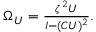
\begin{array} { r } { \Omega _ { U } = \frac { \zeta ^ { 2 } U } { I - ( C U ) ^ { 2 } } . } \end{array}